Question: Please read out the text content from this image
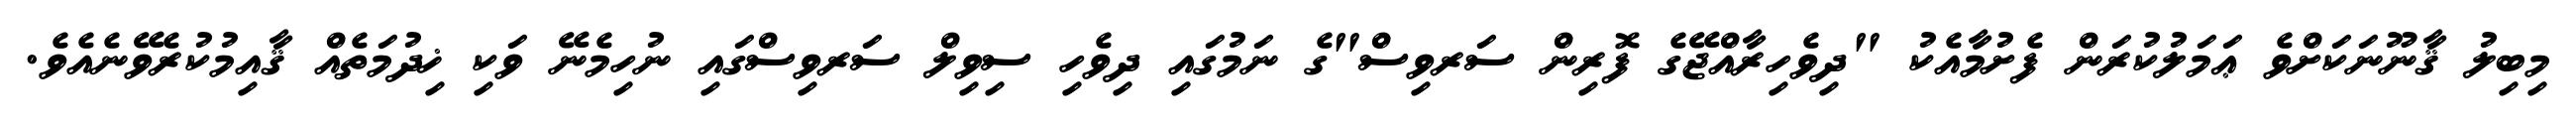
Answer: މިބިލު ޤާނޫނަކަށްވެ ޢަމަލުކުރަން ފެށުމާއެކު "ދިވެހިރާއްޖޭގެ ފޮރިން ސަރވިސް"ގެ ނަމުގައި ދިވެހި ސިވިލް ސަރވިސްގައި ނުހިމެނޭ ވަކި ޚިދުމަތެއް ޤާއިމުކުރެވޭނެއެވެ.